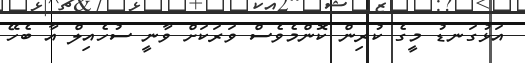
އަޅުގަނޑު މީގެ ކުރިން ކޮންމެވެސް ވަރަކަށް ވާނީ ސުހެއިލް އާ ބެހޭ